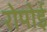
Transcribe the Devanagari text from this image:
रोपोई